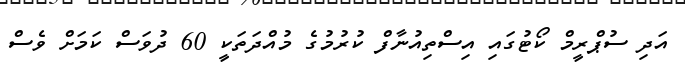
އަދި ސުޕްރީމް ކޯޓުގައި އިސްތިއުނާފް ކުރުމުގެ މުއްދަތަކީ 60 ދުވަސް ކަމަށް ވެސް